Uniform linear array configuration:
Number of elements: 8
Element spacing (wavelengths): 0.75
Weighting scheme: exponential
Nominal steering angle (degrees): -60
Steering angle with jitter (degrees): -58.187
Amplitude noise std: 0.05
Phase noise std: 0.05

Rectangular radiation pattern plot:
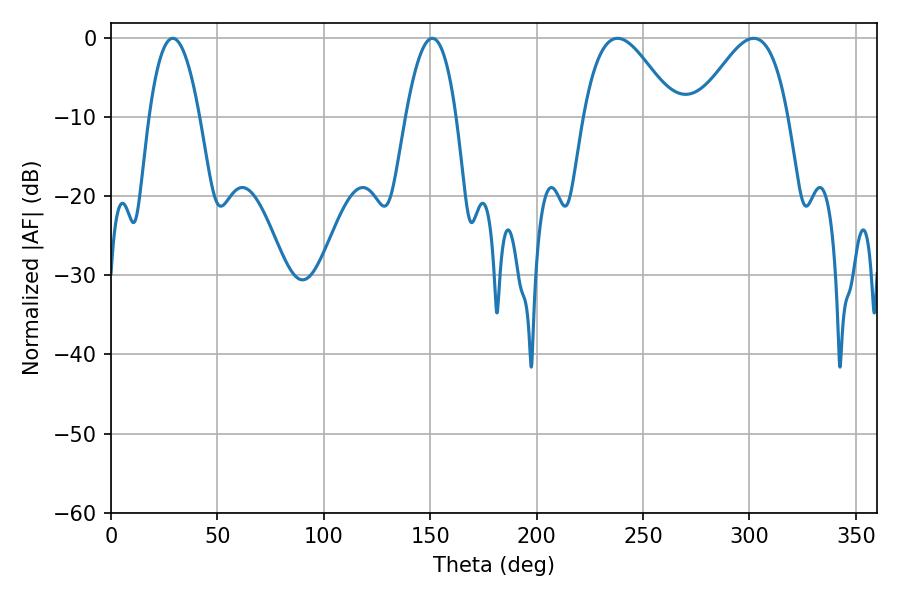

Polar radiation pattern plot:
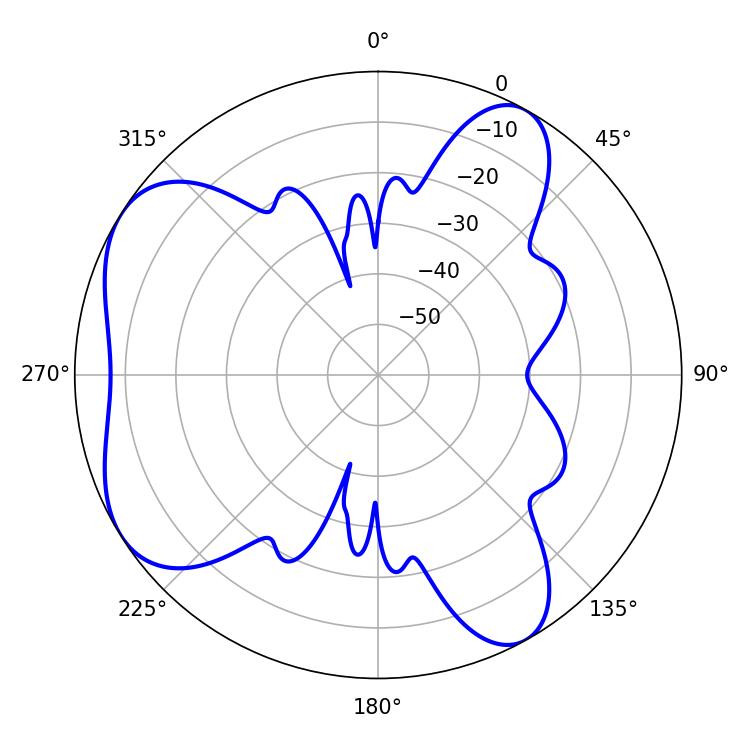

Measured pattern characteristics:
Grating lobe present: TRUE
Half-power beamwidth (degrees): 23.04
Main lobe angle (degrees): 237.96